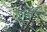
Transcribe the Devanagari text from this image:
युगविभाग